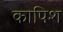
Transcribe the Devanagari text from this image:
कापिश